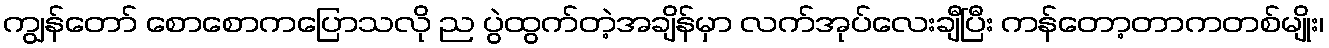
ကျွန်တော် စောစောကပြောသလို ည ပွဲထွက်တဲ့အချိန်မှာ လက်အုပ်လေးချီပြီး ကန်တော့တာကတစ်မျိုး၊